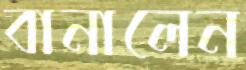
বানালেন